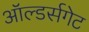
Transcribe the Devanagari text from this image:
ऑल्डर्सगेट